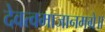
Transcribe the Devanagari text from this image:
देवत्वमाजानमग्रे॥